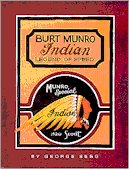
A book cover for Burt Munro Indian Legend of Speed; George Begg; Sports & Outdoors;